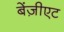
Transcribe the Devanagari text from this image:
बेंज़ीएट